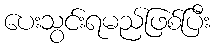
ပေးသွင်းရမည်ဖြစ်ပြီး